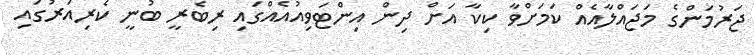
ޖަރުމަންގެ މަޖައްލާއެއް ކަމަށްވާ ކިކާ އަށް ދިން އިންޓަވިއުއެއްގައި ރިބެރީ ބުނީ ކެރިއަރުގައި